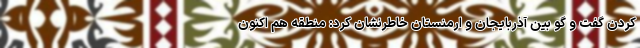
کردن گفت و گو بین آذربایجان و ارمنستان خاطرنشان کرد: منطقه هم اکنون